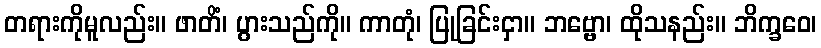
တရားကိုမူလည်း။ ဖာတိံ၊ ပွားသည်ကို။ ကာတုံ၊ ပြုခြင်းငှာ။ ဘဗ္ဗော၊ ထိုသနည်း။ ဘိက္ခဝေ၊